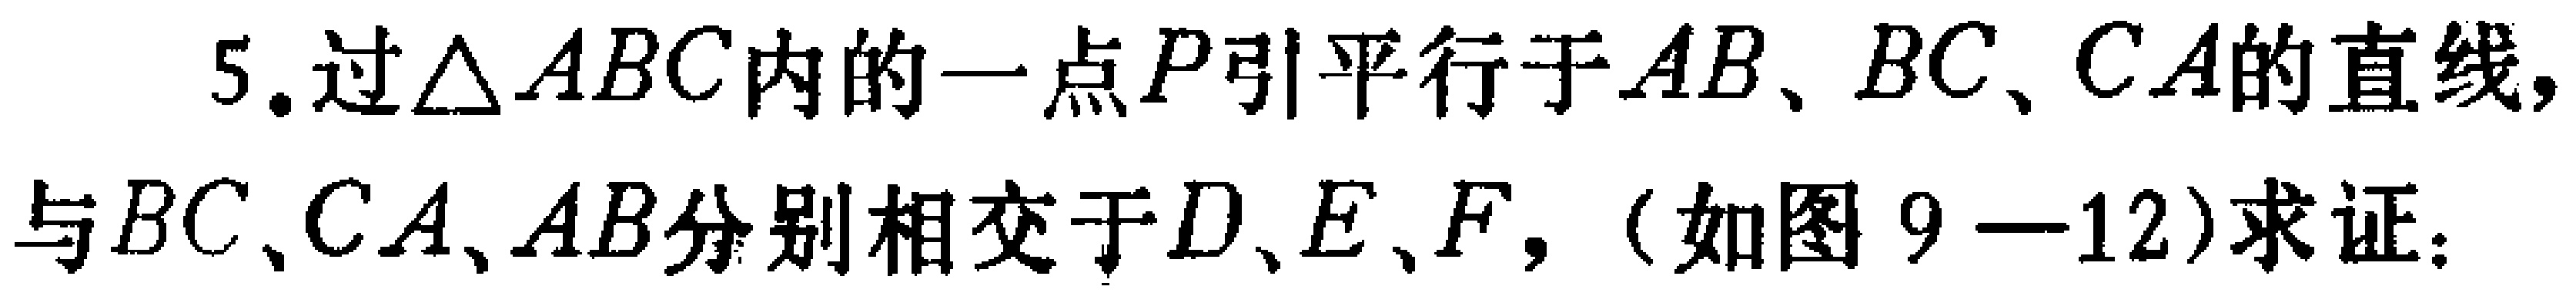
5.过\(\triangle ABC\)内的一点\(P\)引平行于\(AB\)、\(BC\)、\(CA\)的直线，与\(BC\)、\(CA\)、\(AB\)分别相交于\(D\)、\(E\)、\(F\)，（如图9—12）求证：